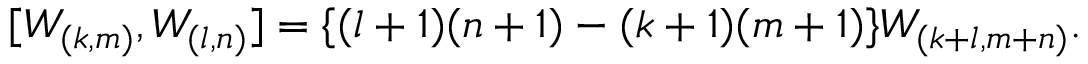
[ W _ { ( k , m ) } , W _ { ( l , n ) } ] = \{ ( l + 1 ) ( n + 1 ) - ( k + 1 ) ( m + 1 ) \} W _ { ( k + l , m + n ) } .